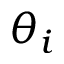
\theta _ { i }